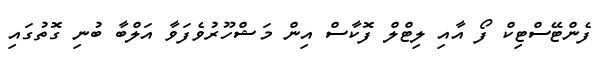
ފެންޓޭސްޓިކް ފޯ އާއި ލިޓްލް ފޮކާސް އިން މަޝްހޫރުވެފަވާ އަލްބާ ބުނި ގޮތުގައި